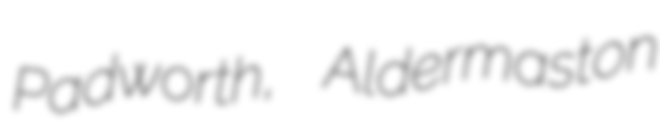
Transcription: Padworth, Aldermaston